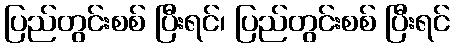
ပြည်တွင်းစစ် ပြီးရင်၊ ပြည်တွင်းစစ် ပြီးရင်